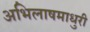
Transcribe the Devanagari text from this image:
अभिलाषमाधुरी